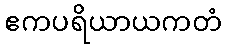
ဧကပရိယာယကတံ